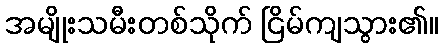
အမျိုးသမီးတစ်သိုက် ငြိမ်ကျသွား၏။